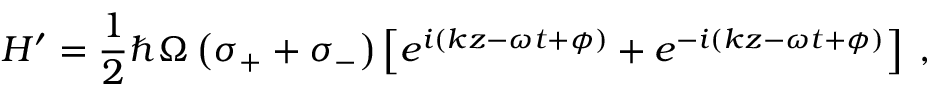
H ^ { \prime } = \frac { 1 } { 2 } \hbar \Omega \left( \sigma _ { + } + \sigma _ { - } \right) \left[ e ^ { i ( k z - \omega t + \phi ) } + e ^ { - i ( k z - \omega t + \phi ) } \right] \; ,